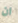
ان